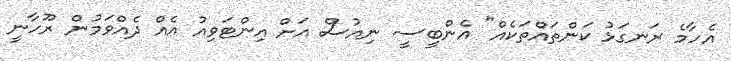
އެހާމެ ރަނގަޅު ކަންތައްތަކެއް" އެންބީސީ ނިއުސް އަށް އިންޓަވިއު އެއް ދެއްވަމުން ރޫހާނީ